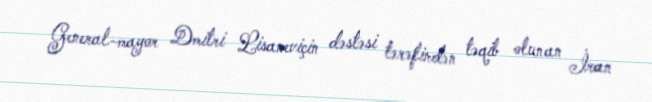
General-mayor Dmitri Lisaneviçin dəstəsi tərəfindən təqib olunan İran